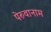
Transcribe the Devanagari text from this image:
पेरुवानाम